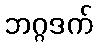
ဘဂ္ဂဒက်